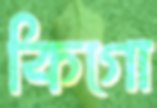
কিগো